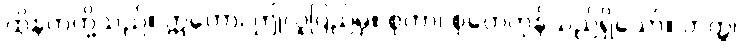
ထိုနတ်တို့သည်။ ဣတော၊ ဤလူပြည်မှ။ စုတာ၊ စုတေကုန်သည်ရှိသော်။ တတ္ထ၊